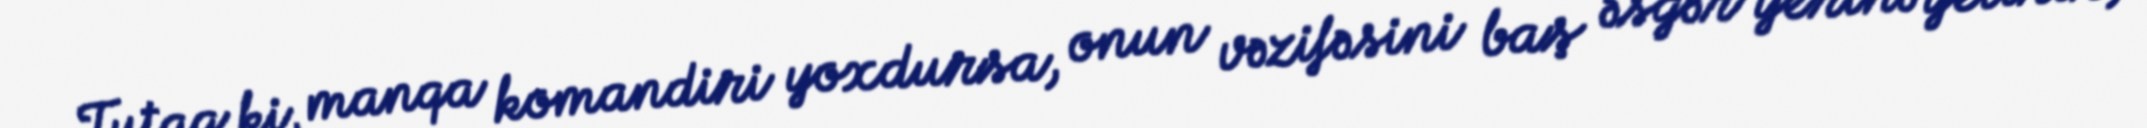
Tutaq ki, manqa komandiri yoxdursa, onun vəzifəsini baş əsgər yerinə yetirir,